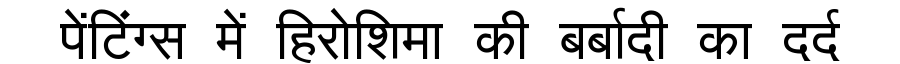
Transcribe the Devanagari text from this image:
पेंटिंग्स में हिरोशिमा की बर्बादी का दर्द